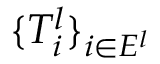
\{ T _ { i } ^ { l } \} _ { i \in E ^ { l } }